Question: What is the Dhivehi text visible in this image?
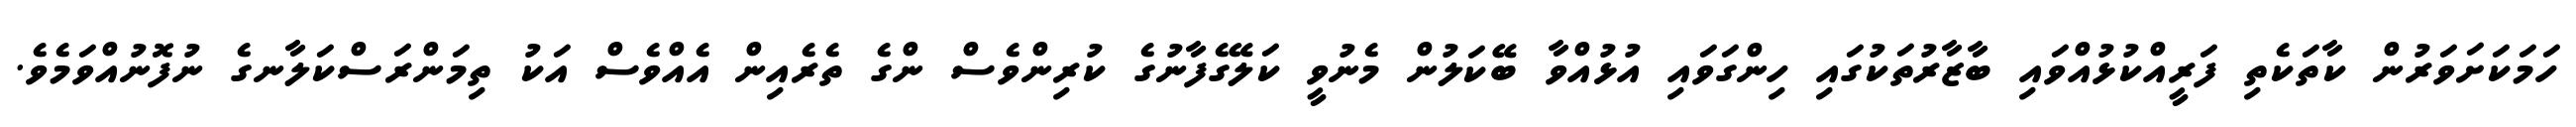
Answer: ހަމަކަށަވަރުން ކާތަކެތި ފަރީއްކުޅުއްވައި ބާޒާރުތަކުގައި ހިންގަވައި އުޅުއްވާ ބޭކަލުން މެނުވީ ކަލޭގެފާނުގެ ކުރިންވެސް ންގެ ތެރެއިން އެއްވެސް އަކު ތިމަންރަސްކަލާނގެ ނުފޮނުއްވަމެވެ.